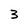
Character: 3